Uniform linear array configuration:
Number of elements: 24
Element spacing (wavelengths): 0.75
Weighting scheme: hamming
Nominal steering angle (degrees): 15
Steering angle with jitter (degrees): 14.777
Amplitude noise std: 0.05
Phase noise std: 0.05

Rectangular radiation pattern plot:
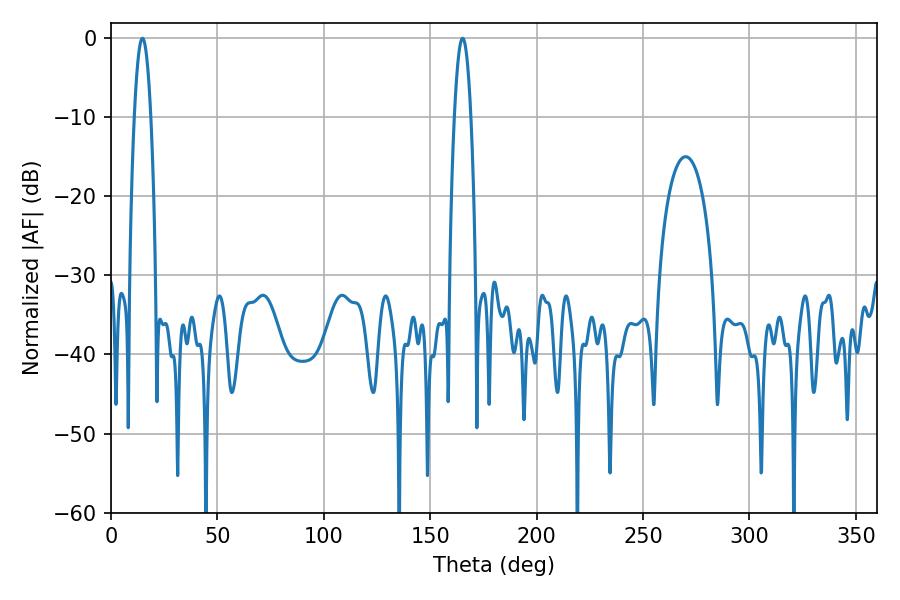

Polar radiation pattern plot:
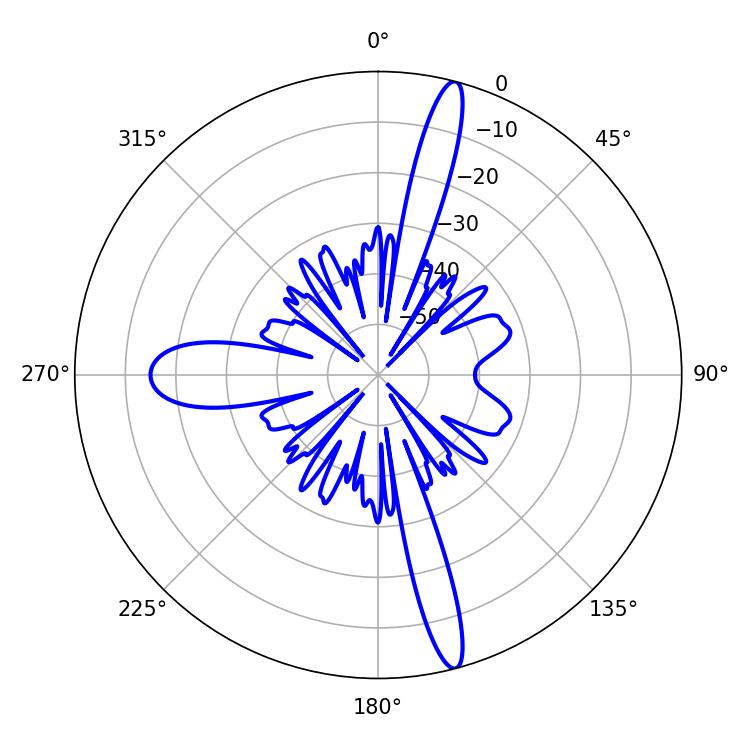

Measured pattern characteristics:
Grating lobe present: TRUE
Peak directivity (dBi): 17.662
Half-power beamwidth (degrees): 4.32
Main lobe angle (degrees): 165.24